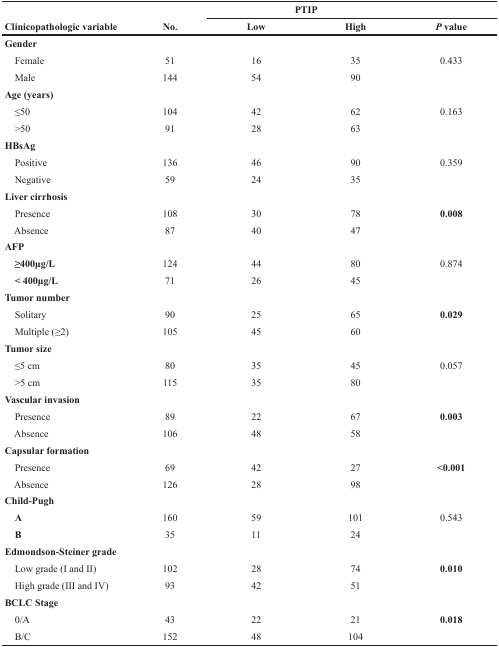
<table><thead><tr><td colspan="2"></td><td colspan="3"><b>PTIP</b></td></tr><tr><td><b>Clinicopathologic variable</b></td><td><b>No.</b></td><td><b>Low</b></td><td><b>High</b></td><td><b><i>P</i> value</b></td></tr></thead><tbody><tr><td colspan="5"><b>Gender</b></td></tr><tr><td> Female</td><td>51</td><td>16</td><td>35</td><td>0.433</td></tr><tr><td> Male</td><td>144</td><td>54</td><td>90</td><td></td></tr><tr><td colspan="5"><b>Age (years)</b></td></tr><tr><td> ≤50</td><td>104</td><td>42</td><td>62</td><td>0.163</td></tr><tr><td> &gt;50</td><td>91</td><td>28</td><td>63</td><td></td></tr><tr><td colspan="5"><b>HBsAg</b></td></tr><tr><td> Positive</td><td>136</td><td>46</td><td>90</td><td>0.359</td></tr><tr><td> Negative</td><td>59</td><td>24</td><td>35</td><td></td></tr><tr><td colspan="5"><b>Liver cirrhosis</b></td></tr><tr><td> Presence</td><td>108</td><td>30</td><td>78</td><td><b>0.008</b></td></tr><tr><td> Absence</td><td>87</td><td>40</td><td>47</td><td></td></tr><tr><td colspan="5"><b>AFP</b></td></tr><tr><td> <b>≥400μg/L</b></td><td>124</td><td>44</td><td>80</td><td>0.874</td></tr><tr><td> <b>&lt; 400μg/L</b></td><td>71</td><td>26</td><td>45</td><td></td></tr><tr><td colspan="5"><b>Tumor number</b></td></tr><tr><td> Solitary</td><td>90</td><td>25</td><td>65</td><td><b>0.029</b></td></tr><tr><td> Multiple (≥2)</td><td>105</td><td>45</td><td>60</td><td></td></tr><tr><td colspan="5"><b>Tumor size</b></td></tr><tr><td> ≤5 cm</td><td>80</td><td>35</td><td>45</td><td>0.057</td></tr><tr><td> &gt;5 cm</td><td>115</td><td>35</td><td>80</td><td></td></tr><tr><td colspan="5"><b>Vascular invasion</b></td></tr><tr><td> Presence</td><td>89</td><td>22</td><td>67</td><td><b>0.003</b></td></tr><tr><td> Absence</td><td>106</td><td>48</td><td>58</td><td></td></tr><tr><td colspan="5"><b>Capsular formation</b></td></tr><tr><td> Presence</td><td>69</td><td>42</td><td>27</td><td><b>&lt;0.001</b></td></tr><tr><td> Absence</td><td>126</td><td>28</td><td>98</td><td></td></tr><tr><td colspan="5"><b>Child-Pugh</b></td></tr><tr><td> <b>A</b></td><td>160</td><td>59</td><td>101</td><td>0.543</td></tr><tr><td> <b>B</b></td><td>35</td><td>11</td><td>24</td><td></td></tr><tr><td colspan="5"><b>Edmondson-Steiner grade</b></td></tr><tr><td> Low grade (I and II)</td><td>102</td><td>28</td><td>74</td><td><b>0.010</b></td></tr><tr><td> High grade (III and IV)</td><td>93</td><td>42</td><td>51</td><td></td></tr><tr><td colspan="5"><b>BCLC Stage</b></td></tr><tr><td> 0/A</td><td>43</td><td>22</td><td>21</td><td><b>0.018</b></td></tr><tr><td> B/C</td><td>152</td><td>48</td><td>104</td><td></td></tr></tbody></table>